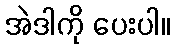
အဲဒါကို ပေးပါ။